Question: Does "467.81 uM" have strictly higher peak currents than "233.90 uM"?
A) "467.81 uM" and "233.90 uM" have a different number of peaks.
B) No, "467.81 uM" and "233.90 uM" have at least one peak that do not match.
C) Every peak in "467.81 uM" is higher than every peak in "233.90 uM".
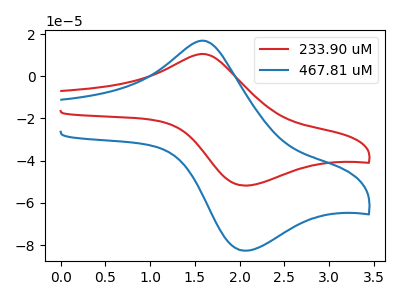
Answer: <think>The red curve "233.90 uM" has an anodic peak at (1.60V, 10.55uA) and a cathodic peak at (2.05V, -51.80uA). The blue curve "467.81 uM" has an anodic peak at (1.60V, 16.85uA) and a cathodic peak at (2.05V, -82.65uA).</think>
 <answer>C) Every peak in "467.81 uM" is higher than every peak in "233.90 uM".</answer>
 <eval>C</eval>